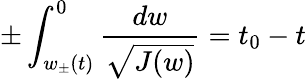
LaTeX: \pm\int_{w_{\pm}(t)}^{0}\frac{dw}{\sqrt{J(w)}}=t_{0}-t